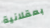
بعقلانية